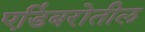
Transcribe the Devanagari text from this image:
एडिंबरोतील